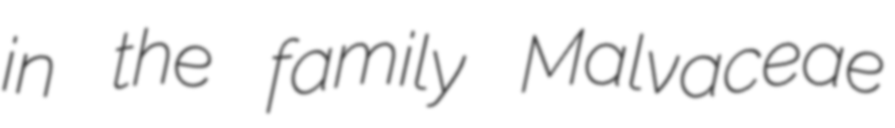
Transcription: in the family Malvaceae